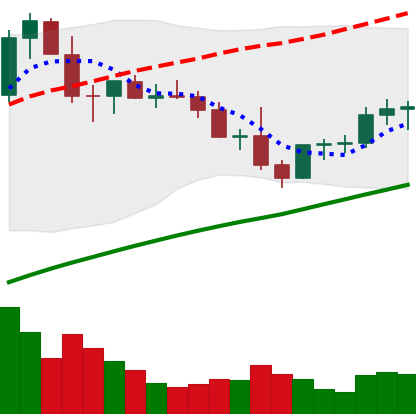
Ticker: LTC-USD
Chart end date: 2021-03-31
Forward return: 11.934%
Label: up_7plus